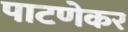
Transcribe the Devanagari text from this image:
पाटणेकर